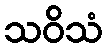
သဝိသံ